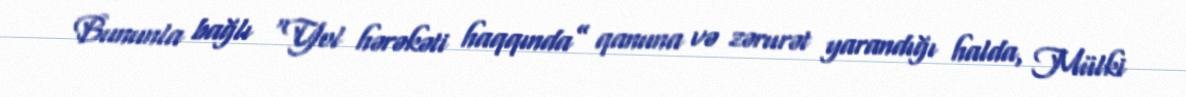
Bununla bağlı “Yol hərəkəti haqqında” qanuna və zərurət yarandığı halda, Mülki